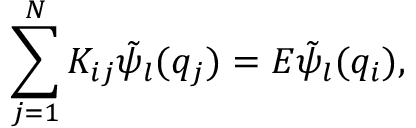
\sum _ { j = 1 } ^ { N } K _ { i j } \tilde { \psi } _ { l } ( q _ { j } ) = E \tilde { \psi } _ { l } ( q _ { i } ) ,